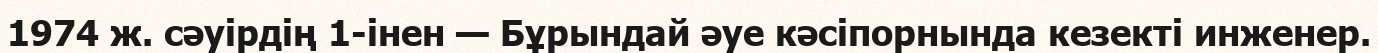
1974 ж. сәуірдің 1-інен — Бұрындай әуе кәсіпорнында кезекті инженер.